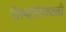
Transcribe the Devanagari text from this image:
तिरुवातिरक्कळी